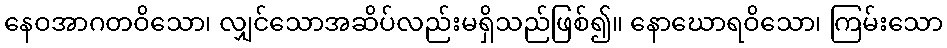
နေဝအာဂတဝိသော၊ လျှင်သောအဆိပ်လည်းမရှိသည်ဖြစ်၍။ နောဃောရဝိသော၊ ကြမ်းသော